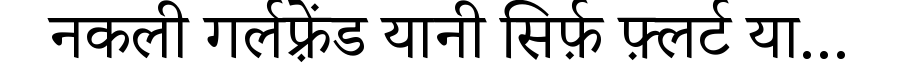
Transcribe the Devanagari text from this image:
नकली गर्लफ़्रेंड यानी सिर्फ़ फ़्लर्ट या...